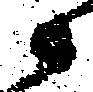
衛